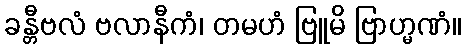
ခန္တီဗလံ ဗလာနီကံ၊ တမဟံ ဗြူမိ ဗြာဟ္မဏံ။